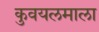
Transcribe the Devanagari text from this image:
कुवयलमाला